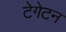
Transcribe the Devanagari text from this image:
टेगेटन